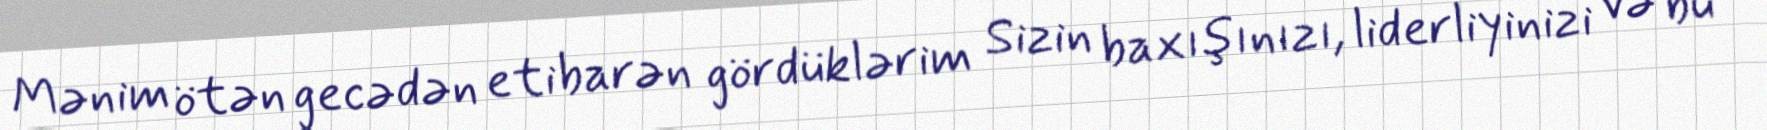
Mənim ötən gecədən etibarən gördüklərim Sizin baxışınızı, liderliyinizi və bu